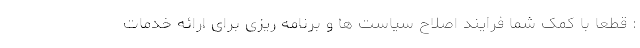
: قطعا با کمک شما فرایند اصلاح سیاست ها و برنامه ریزی برای ارائه خدمات